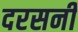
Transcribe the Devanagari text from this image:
दरसनी